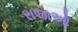
રાજાઓ